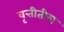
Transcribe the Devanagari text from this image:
वृत्तीतील